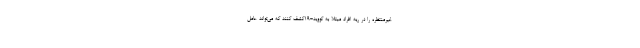
غیرمنتظره را در ریه افراد مبتلا به کووید-۱۹کشف کنند که می‌تواند عامل